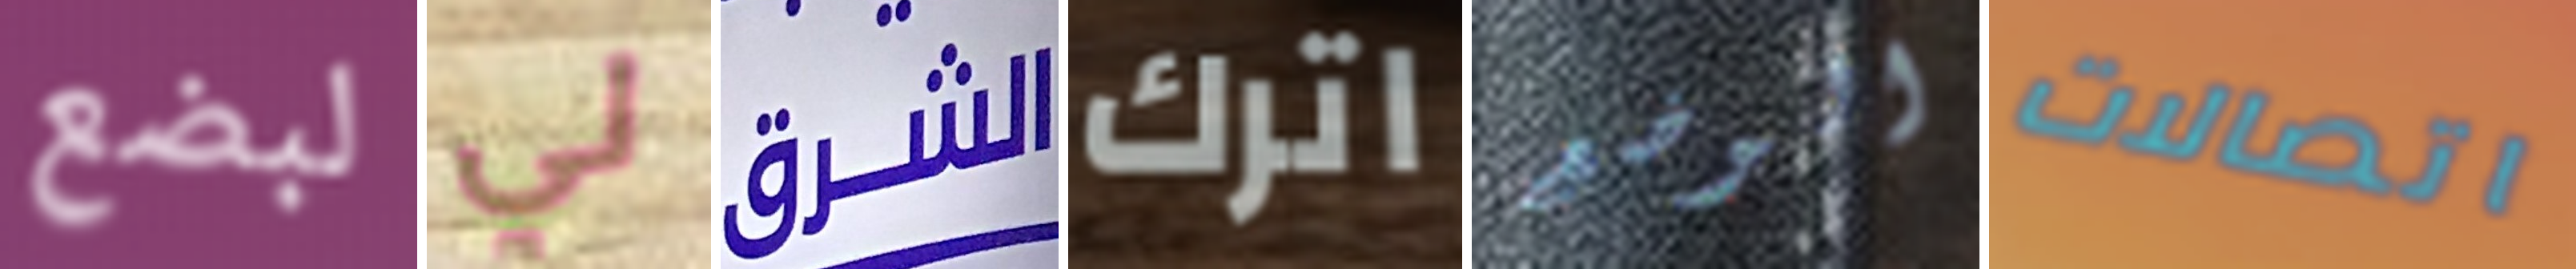
لبضع لي الشرق اترك الوضع اتصالات